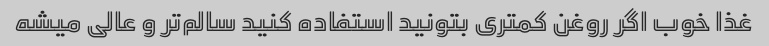
غذا خوب اگر روغن کمتری بتونید استفاده کنید سالم‌تر و عالی میشه